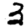
Digit: 3